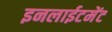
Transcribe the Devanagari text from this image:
इनलाईटमेंट